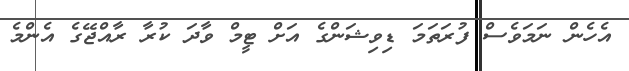
އެހެން ނަމަވެސް ފުރަތަމަ ޑިވިޝަންގެ އަށް ޓީމް ވާދަ ކުރާ ރާއްޖޭގެ އެންމެ